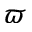
\varpi